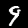
Digit: 9